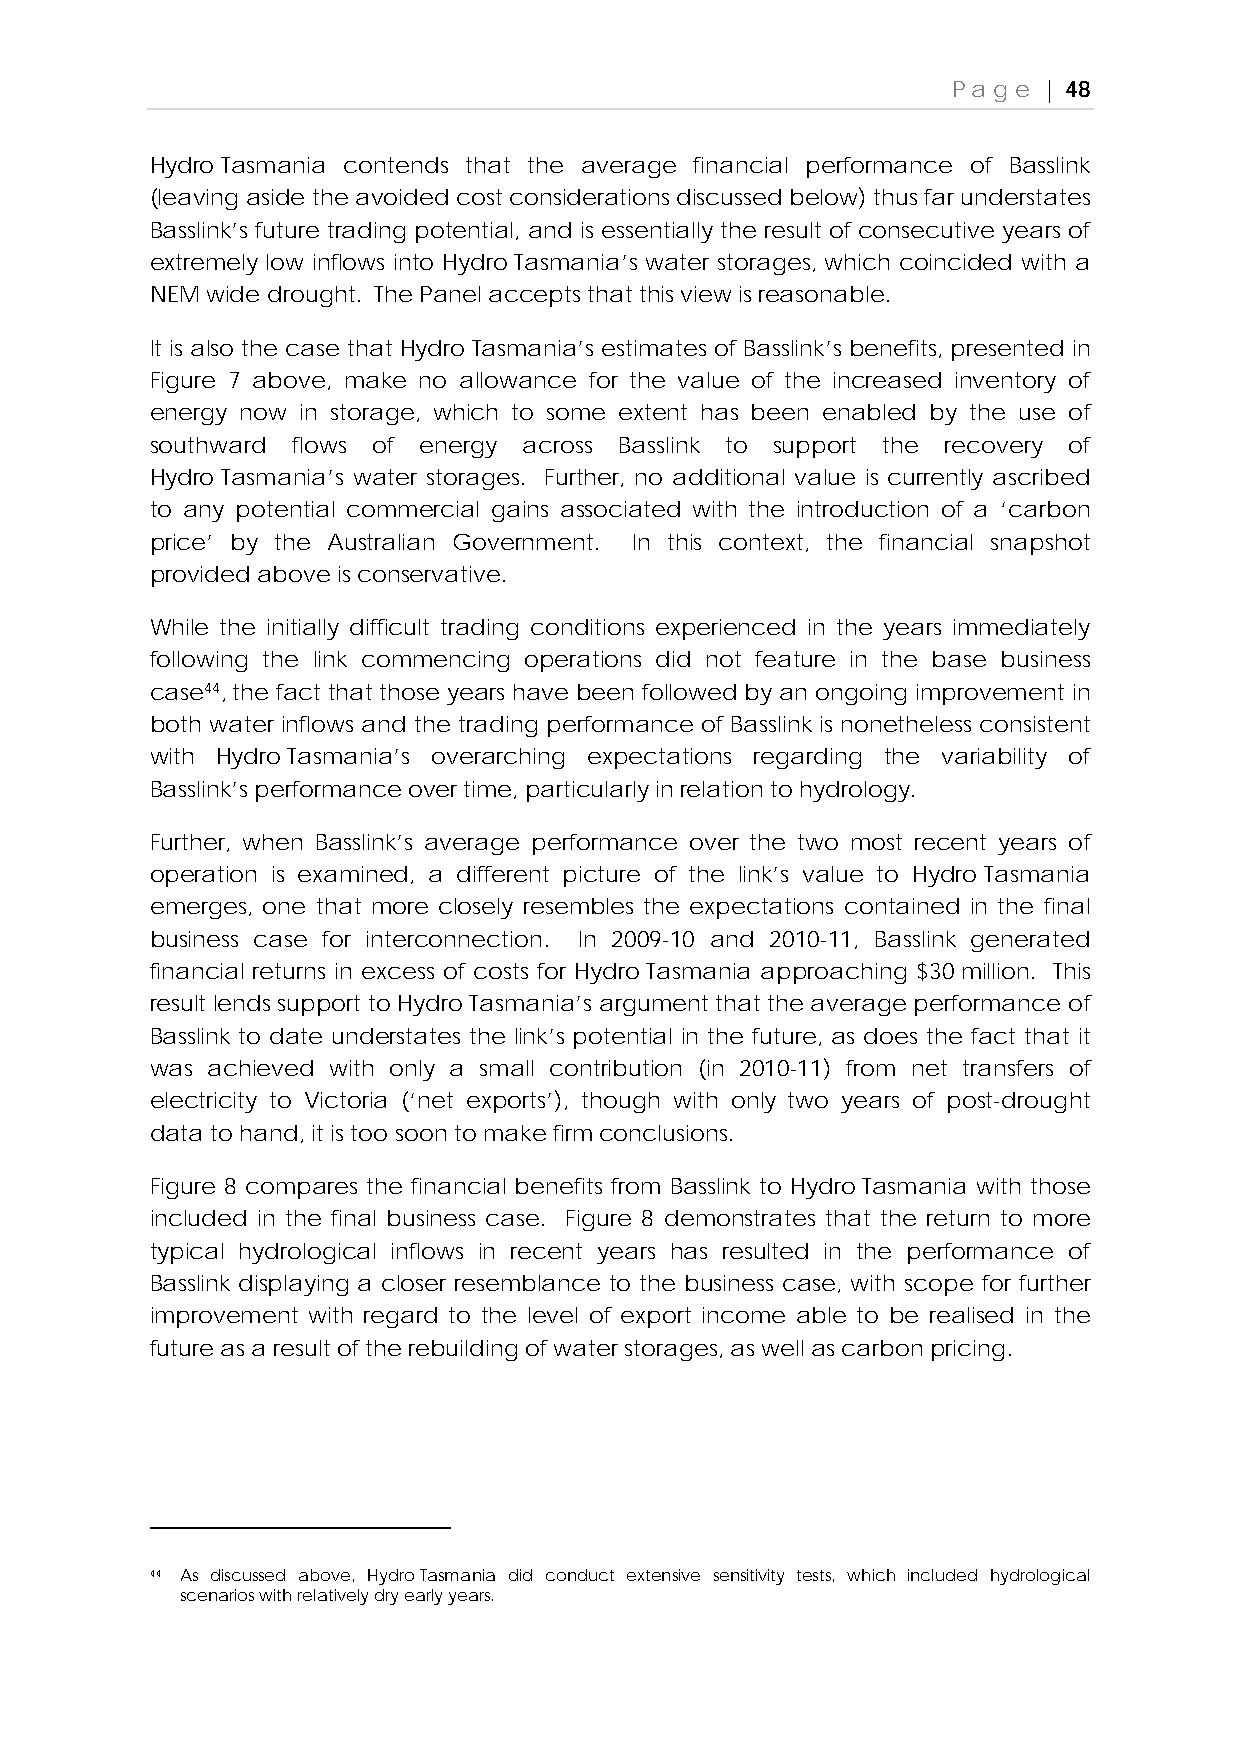
Page  | 48
 Hydro Tasmania contends that the average financial performance of Basslink
 (leaving aside the avoided cost considerations discussed below) thus far understates
 Basslink’s future trading potential, and is essentially the result of consecutive years of
 extremely low inflows into Hydro Tasmania’s water storages, which coincided with a
 NEM wide drought. The Panel accepts that this view is reasonable.
 It is also the case that Hydro Tasmania’s estimates of Basslink’s benefits, presented in
 Figure 7 above, make no allowance for the value of the increased inventory of
 energy now in storage, which to some extent has been enabled by the use of
 southward flows of energy across Basslink to support the recovery of
 Hydro Tasmania’s water storages. Further, no additional value is currently ascribed
 to any potential commercial gains associated with the introduction of a ‘carbon
 price’ by the Australian Government. In this context, the financial snapshot
 provided above is conservative.
 While the initially difficult trading conditions experienced in the years immediately
 following the link commencing operations did not feature in the base business
 case44, the fact that those years have been followed by an ongoing improvement in
 both water inflows and the trading performance of Basslink is nonetheless consistent
 with Hydro Tasmania’s overarching expectations regarding the variability of
 Basslink’s performance over time, particularly in relation to hydrology.
 Further, when Basslink’s average performance over the two most recent years of
 operation is examined, a different picture of the link’s value to Hydro Tasmania
 emerges, one that more closely resembles the expectations contained in the final
 business case for interconnection. In 2009-10 and 2010-11, Basslink generated
 financial returns in excess of costs for Hydro Tasmania approaching $30 million. This
 result lends support to Hydro Tasmania’s argument that the average performance of
 Basslink to date understates the link’s potential in the future, as does the fact that it
 was achieved with only a small contribution (in 2010-11) from net transfers of
 electricity to Victoria (‘net exports’), though with only two years of post-drought
 data to hand, it is too soon to make firm conclusions.
 Figure 8 compares the financial benefits from Basslink to Hydro Tasmania with those
 included in the final business case. Figure 8 demonstrates that the return to more
 typical hydrological inflows in recent years has resulted in the performance of
 Basslink displaying a closer resemblance to the business case, with scope for further
 improvement with regard to the level of export income able to be realised in the
 future as a result of the rebuilding of water storages, as well as carbon pricing.
 44 As discussed above, Hydro Tasmania did conduct extensive sensitivity tests, which included hydrological
 scenarios with relatively dry early years.